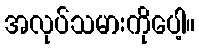
အလုပ်သမားကိုပေါ့။